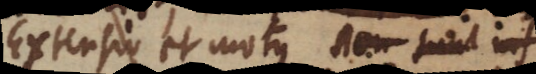
Extensio et motus et ipsa